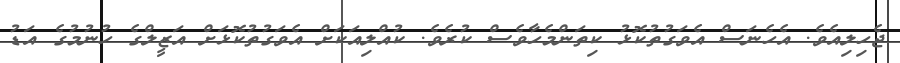
ޖެހިލިއެވެ. އެހެނަސް އެވަގުތުކޮޅު ކިތަންމެހާވެސް ކުރެވެ. ކުއްލިއަކަށް އެވަގުތުކޮޅަަށް އަޒީލްގެ ހުނުމުގެ އަޑު